Annual statistical returns and brief notes on vaccination in Bengal - 1896-1909
Year: 1896
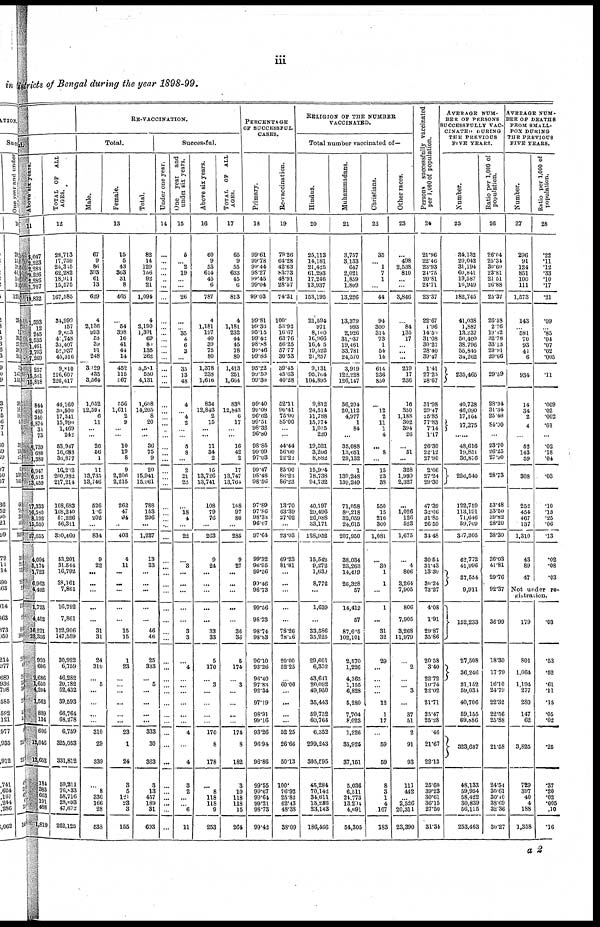
iii
Districts of Bengal during the year 1898-99.
Above six years.
11
3,047
2,223
2,284
8,226
1,286
1,767
19,832
1,593
12
245
8,535
1,461
2,703
7,269
257
l5,561
15,818
844
495
340
6,874
34
73
8,739
680
1,380
6,947
6,512
13,459
17,333
16,580
3,192
16,550
57,655
4,094
5,174
1,723
6,963
4,402
1,723
4,402
16,231
22,356
920
606
2,686
1,650
4,204
1,563
889
134
606
12,046
12,652
184
383
663
101
488
1,819
TOTAL OF ALL
AGES.
12
28,718
17,759
24,315
62,282
18,911
15,575
167,585
34,999
157
9,653
47,748
35,407
52,937
45,516
9,810
216,607
226,417
44,160
30,500
17,341
15,990
1,469
242
53,947
16,683
36,877
16,222
200,932
217,214
108,683
108,240
57,226
56,311
330,460
53,201
31,544
16,792
38,161
7,861
16,792
7,861
122,906
147,559
30,922
6,759
46,282
20,782
52,432
39,593
66,764
68,278
6,759
325,053
331,812
50,211
76,833
58,716
28,693
47,672
262,125
RE-VACCINATION.
Total.
Male.
Female.
Total.
13
67
9
86
393
61
13
629
4
2,136
993 53
39
91
248
3,129
435
3,564
1,052
12,594
6
11
...
...
26
56
1
11
13,735
13,746
526
106
202
...
834
9
22
...
...
...
...
...
31
31
24
310
...
5
...
...
...
...
310
29
339
...
8
336
166
28
538
15
5
43
363
31
8
465
...
54
398
16
41
44
14
462
115
567
556
1,611
2
9
...
...
10
19
8
9
2,206
2,215
262
47
94
...
403
4
11
...
...
...
...
...
15
15
1
23
...
... ...
...
...
...
23
1
24
3
5
121
23
3
155
82
14
129
766
92
21
1,094
4
2,190
1,391
69
84
135
262
3,581
550
4,131
1,608
14,205
8
20
...
...
36
75
9
20
15,941
15,961
788
153
296
...
1,237
13
33
...
...
...
...
...
46
46
25
333
...
5
...
...
...
...
333
30
363
3
13
457
189
31
693
Successful.
Under one year.
14
...
...
...
...
...
...
...
...
...
...
...
...
...
...
...
...
...
...
...
...
... ...
...
...
...
...
...
...
...
...
...
...
...
...
...
...
...
...
...
...
...
...
...
...
...
...
...
...
...
...
...
...
...
...
...
...
...
...
...
...
One year and
under six years.
15
5
... 2
19
...
...
26
...
... 35
4
6
3
...
35
13
48
4
... 4
2
...
...
8
8
...
2
21
23
...
18
4
...
22
...
3
...
...
...
...
...
3
3
...
4
...
. ..
...
...
...
...
4
...
4
3
2
...
... 6
11
Above six years.
16
60
9
53
614
45
6
787
4
1,181
197
40
39
75
80
1,378
238
1,616
834
12,843
2
15
...
...
11
34
2
16
13,726
13,741
108
79
76
...
263
9
24
...
...
...
...
...
33
33
5
170
...
3
...
...
...
...
170
8
178
...
8
118
118
9
253
TOTAL OF ALL.
AGES.
17
65
9
55
633
45
6
813
4
1,181
232
44
45
78
80
1,413
251
1,664
838
12,843
6
17
... ...
16
42
2
17
13,747
13,764
168
97
80
...
285
9
27
...
...
...
...
...
36
36
6
174
...
3
...
...
...
...
174
8
182
3
10
118
118
15
264
PERCENTAGE
OF SUCCESSFUL
CASES.
Primary.
18
99.61
99.78
99.44
98.27
99.45
99.04
99.03
99.81
99.36
95.15
99.42
98.88
99.46
99.86
95.22
99.50
90.30
99.40
99.08
96.62
99.51
98.32
96.80
98.85
99.09
97.03
99.47
98.48
98.56
97.89
97.86
98.33
96.07
97.64
99.32
96.95
99.56
99.46
98.73
99.56
98.73
98.74
98.83
96.10
93.26
96.40
97.83
92.34
97.19
98.91
99.16
93.26
96.94
96.86
99.55
99.67
99.64
99.21
98.73
99.42
Re-vaccination.
19
79.26
64.28
42.63
83.73
48.91
28.57
74.31
100.
53.92
16.67
63.76
56.25
57.77
30.53
39.45
45.63
40.28
52.11
90.41
75.00
85.00
... ...
44.44
56.00
22.22
85.00
86.23
86.23
13.70
63.39
27.02
...
23.03
69.23
81.81
...
...
...
...
...
78.26
78.26
20.00
52.25
...
60.00
...
...
...
...
52.25
26.66
50.13
100.
76.92
25.82
62.43
48.38
38.09
RELIGION OF THE NUMBER
VACCINATED.
Total number vaccinated of—
Hindus.
20
25,113
14,181
21,425
61,293
17,246
13,937
153,195
21,594
971
8,160
16,966
16,405
19,522
21,257
9,131
95,764
104,895
9,812
24,514
11,788
15,774
1,015
220
19,521
3,206
8,882
15,904
78,738
94,732
40,197
29,496
26,088
33,171
128,952
15,542
9,272
1,639
8,772
...
1,639
...
33,586
35,225
29,601
6,352
43,641
20,092
49,950
35,443
59,752
60,764
6,352
299,243
305,595
45,284
70,142
34,611
13,286
23,143
186,466
Muhammadans.
21
3,757
3,133
647
2,021
1,859
1,809
13,226
13,379
993
2,926
31,037
19,461
33,781
24,570
3,919
122,228
126,147
36,204
20,112
4,977
1
84
35,088
13,651
29,132
1
139,248
139,249
71,058
80,218
32,059
24,615
207,950
38,034
23,263
14,419
26,328
57
14,419
57
87,605
102,101
2,570
1,226
4,365
1,155
6,828
5,280
7,704
8,023
1,226
35,925
37,151
5,036
6,511
24,773
13,204
4,691
54,305
Christians.
22
35
... 1
7
1
...
44
94
300
314
73
1
54
14
614
236
850
...
12
2
11
1
4
...
8
...
15
23
38
550
15
216
300
1,081
...
30
1
1
...
1
...
31
32
29
...
...
... ...
12
1
17
...
59
59
8
3
1
4
167
183
Other races.
23
...
498
2,538
810
...
...
3,846
...
84
135
17
... ...
...
219
17
236
16
350
1,188
302
394
26
...
51
...
328
1,999
2,327
...
1,026
126
523
1,675
...
4
806
3,264
7,905
806
7,905
3,268
11,979
...
2
...
... 3
...
37
51
2
91
93
111
442
... 2,526
20,311
23,390
Persons successfully vaccinated
per 1,000 of population.
24
2l.96
22.46
23.93
24.75
20.81
24.71
23.37
22.67
1.96
14.51
31.08
30.27
28.40
39.47
1.41
27.25
28.67
31.98
29.47
25.85
77.83
7.14
1.17
26.30
22.12
27.90
2.06
27.24
29.30
47.39
32.06
31.85
26.59
34.48
30.54
31.43
13.30
30.24
73.27
4.08
1.91
29.87
35.86
20.58
3.40
22.72
10.74
22.02
21.71
25.47
25.28
.46
21.67
22.13
25.60
39.23
30.61
36.15
27.50
31.34
AVERAGE NUM-
BER OF PERSONS
SUCCESSFULLY VAC-
CINATED DURING
THE PREVIOUS
FIVE YEARS.
Number.
25
34,132
20,042
31,194
60,841
19,587
16,949
182,745
41,038
1,887
13,237
50,400
38,796
55,845
34,262
235,465
40,728
46,090
17,164
17,275
...
48,616
19,851
36,876
226,540
122,759
113,191
71,646
59,709
347,305
62,772
41,996
37,554
9,911
152,233
27,508
36,246
31,152
59,034
40,706
59,155
69,886
323,687
48,133
59,954
58,422
30,839
56,115
253,463
Ratio per 1,000 of
population.
26
26.04
25.34
30.60
23.81
21.51
26.88
25.37
26.58
2.76
19.42
32.78
33.13
29.91
29.66
29.59
28.94
31.34
25.48
84.00
...
23.70
26.23
27.90
28.73
53.48
33.50
39.82
28.20
38.30
36.03
41.81
29.76
92.37
36.99
18.30
17.79
16.10
24.79
22.32
22.56
25.88
21.58
24.54
30.61
30.40
38.69
32.36
36.27
AVERAGE NUM-
BER OF DEATHS
FROM SMALL-
POX DURING-
THE PREVIOUS
FIVE YEAES.
Number.
27
296
91
124
851
100
111
1,573
143
... 581
70
93
41
6
934
14
34
2
4
...
52
143
59
308
252
454
467
137
1,310
43
89
47
Ratio per 1,000 of
population.
28
.22
.11
.12
.33
.10
.17
.21
.09
... .85
.04
.07
.02
.005
.11
.009
.02
.002
.01
...
.02
.18
.04
.03
.10
.13
.25
.06
.13
.02
.08
.03
Not under re-
gistration.
179
801
1,064
1,194
277
280
147
62
3,825
729
397
40
4
188
1,358
.03
.53
.52
.61
.11
.15
.05
.02
.25
.37
.20
.02
.005
.10
.16
a 2